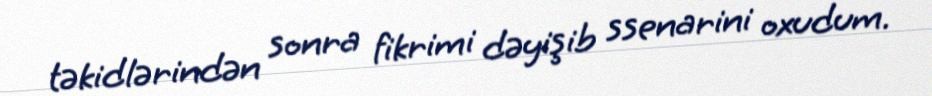
təkidlərindən sonra fikrimi dəyişib ssenarini oxudum.